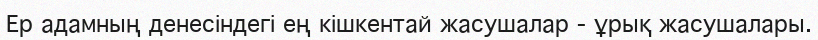
Ер адамның денесіндегі ең кішкентай жасушалар - ұрық жасушалары.